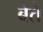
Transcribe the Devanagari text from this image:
बेते